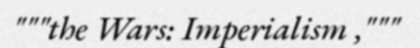
"""the Wars: Imperialism ,"""